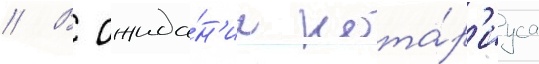
// В ожида́н'ии нота́р'иуса